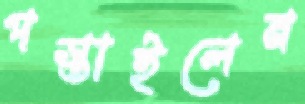
পস্তাইলেন